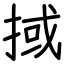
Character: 掝